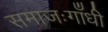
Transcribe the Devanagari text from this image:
समाजःगाँधी